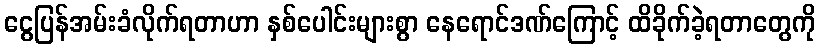
ငွေပြန်အမ်းခံလိုက်ရတာဟာ နှစ်ပေါင်းများစွာ နေရောင်ဒဏ်ကြောင့် ထိခိုက်ခဲ့ရတာတွေကို